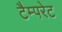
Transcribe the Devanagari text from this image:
टैम्परेट